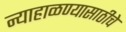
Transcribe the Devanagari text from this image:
न्याहाळण्यासाठीचे